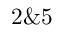
2 \& 5